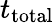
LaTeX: t_{\mathrm{total}}